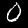
Label: 0